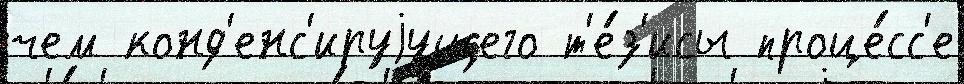
чем конд'енс'ируjущего т'е́з'исы проце́сс'е